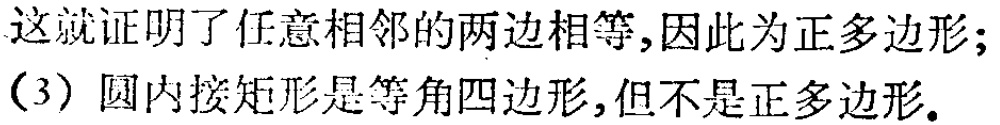
这就证明了任意相邻的两边相等,因此为正多边形;
(3)圆内接矩形是等角四边形,但不是正多边形.